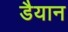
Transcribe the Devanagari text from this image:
डैयान